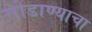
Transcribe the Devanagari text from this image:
सोडाण्याचा